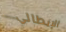
الإيطالي